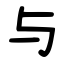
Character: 与